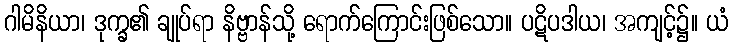
ဂါမိနိယာ၊ ဒုက္ခ၏ ချုပ်ရာ နိဗ္ဗာန်သို့ ရောက်ကြောင်းဖြစ်သော။ ပဋိပဒါယ၊ အကျင့်၌။ ယံ